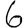
Digit: 6